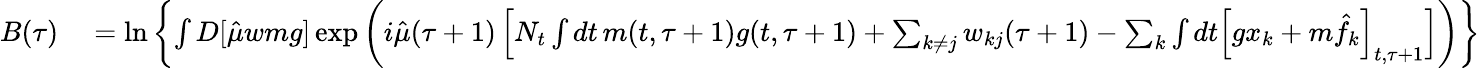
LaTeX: \begin{array}{rl}{B(\tau)}&{{}=\ln\left\{ \int D[\hat{\mu}wmg]\exp\left(i\hat{\mu}(\tau+1)\left[N_{t}\int dt\, m(t,\tau+1)g(t,\tau+1)+\sum_{k\neq j}w_{kj}(\tau+1)-\sum_{k}\int dt\Big[gx_{k}+m\hat{f}_{k}\Big]_{t,\tau+1}\right]\right)\right\} }\end{array}